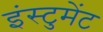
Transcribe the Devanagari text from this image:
इंस्टुमेंट